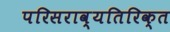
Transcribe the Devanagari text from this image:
परिसराव्यतिरिक्त